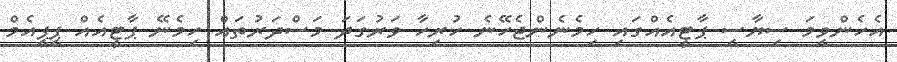
އެހެންވީމަ ސިޔާސީ ޕާޓީއެއްގައި ހިމެނެންޖެހޭނެ ހުރިހާ ވަރުގަދަ މަސްދަރުތައް ހިމެނޭ ޕާޓީއެއް ޕީޕީއެމް